Vaccination in Bombay 1902-1912 - 1902-1912
Year: 1902
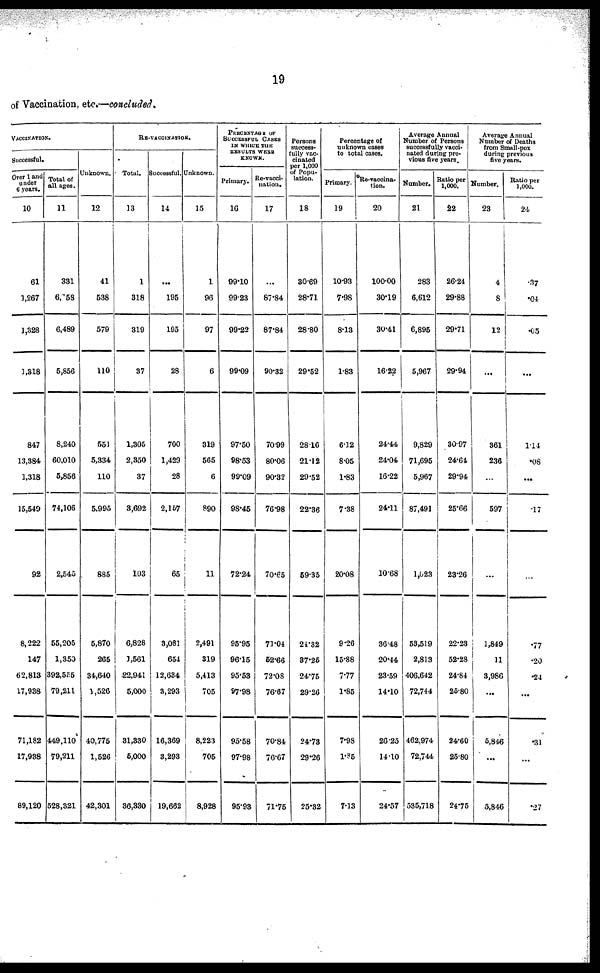
19
of Vaccination, etc.—concluded.
VACCINATION.
Successful.
Over 1 and
under
0 years.
10
61
1,267
1,328
1,318
847
13,384
1,318
15,549
92
8,222
147
62,813
17,938
71,182
17,938
89,120
Total of
all ages.
11
331
6,158
6,489
5,856
8,240
60,010
5,856
74,106
2,545
55,205
1,350
392,555
79,211
449,110
79,211
528,321
Unknown.
12
41
538
579
110
551
5,334
110
5,995
885
5,870
265
34,640
1,526
40,775
1,526
42,301
RE-VACCINATION.
Total.
13
1
318
319
37
1,305
2,350
37
3,692
103
6,828
1,561
22,941
5,000
31,330
5,000
36,330
Successful.
14
...
195
195
28
700
1,429
28
2,167
65
3,081
654
12,634
3,293
16,369
3,293
19,662
Unknown.
15
1
96
97
6
319
565
6
890
11
2,491
319
5,413
705
8,223
705
8,928
PERCENTAGE OF
SUCCESSFUL CASES
IN WHICH THE
RESULTS WERE
KNOWN.
Primary.
16
99.10
99.23
99.22
99.09
97.50
98.53
99.09
98.45
72.24
95.95
96.15
95.53
97.98
95.58
97.98
95.93
Re-vacci¬
nation.
17
...
87.84
87.84
90.32
70.99
80.06
90.32
76.98
70.65
71.04
62.66
72.08
76.67
70.84
76.67
71.75
Persons
success-
fully vac-
cinated
per 1,000
of Popu-
lation.
18
30.69
28.71
28.80
29.52
28.16
21.12
29.52
22.36
59.35
24.32
37.25
24.75
29.26
24.73
29.26
25.32
Percentage of
unknown cases
to total cases.
Primary.
19
10.93
7.98
8.13
1.88
6.12
8.05
1.83
7.38
20.08
9.26
15.88
7.77
1.85
7.98
1.85
7.13
Re-vaccina-
tion.
20
100.00
30.19
30.41
16.22
24.44
24.04
16.22
24.11
10.68
36.48
20.44
23.59
14.10
26.25
14.10
24.57
Average Annual
Number of Persons
successfully vacci-
nated during pre-
vious five years.
Number.
21
283
6,612
6,895
5,967
9,829
71,695
5,967
87,491
1,023
53,519
2,813
406,642
72,744
462,974
72,744
535,718
Ratio per
1,000.
22
26.24
29.88
29.71
29.94
30.97
24.64
29.94
25.66
23.26
22.23
52.28
24.84
25.80
24.60
25.80
24.75
Average Annual
Number of Deaths
from Small-pox
during previous
five years.
Number.
23
4
8
12
...
361
236
...
597
...
1,849
11
3,986
...
5,846
...
5,846
Ratio per
1,000.
24
.37
.04
.05
...
1.14
.08
...
.17
...
.77
.20
.24
. ..
.31
...
.27